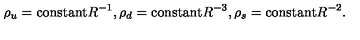
\rho _ { u } = \mathrm { c o n s t a n t } R ^ { - 1 } , \rho _ { d } = \mathrm { c o n s t a n t } R ^ { - 3 } , \rho _ { s } = \mathrm { c o n s t a n t } R ^ { - 2 } .